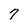
Character: 7